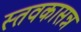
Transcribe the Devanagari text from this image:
स्तवकासन्न